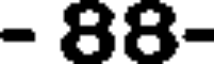
- 88-